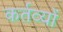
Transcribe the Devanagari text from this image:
कर्तव्‍यों